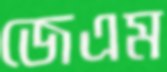
জেএম